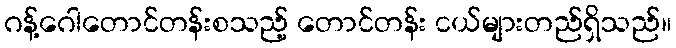
ဂန့်ဂေါတောင်တန်းစသည့် တောင်တန်း ငယ်များတည်ရှိသည်။